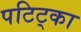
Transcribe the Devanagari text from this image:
पटिट्का